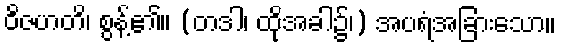
ဝိဇဟတိ၊ စွန့်၏။ (တဒါ၊ ထိုအခါ၌၊) အပရံအခြားသော။